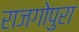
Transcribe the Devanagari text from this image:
राजगोपुरा